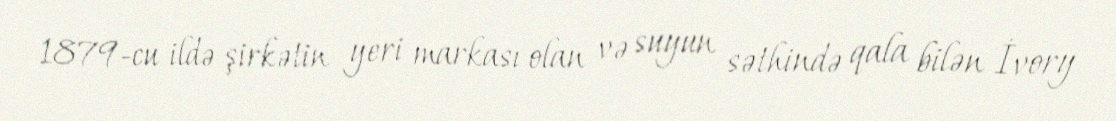
1879-cu ildə şirkətin yeri markası olan və suyun səthində qala bilən İvory